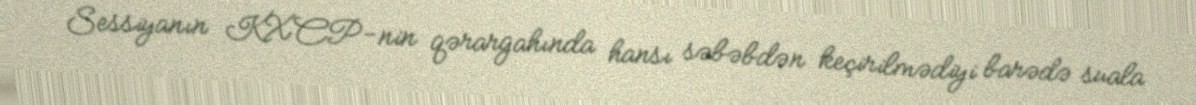
Sessiyanın KXCP-nin qərargahında hansı səbəbdən keçirilmədiyi barədə suala